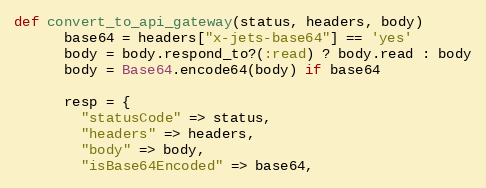
Language: Ruby
def convert_to_api_gateway(status, headers, body)
      base64 = headers["x-jets-base64"] == 'yes'
      body = body.respond_to?(:read) ? body.read : body
      body = Base64.encode64(body) if base64

      resp = {
        "statusCode" => status,
        "headers" => headers,
        "body" => body,
        "isBase64Encoded" => base64,